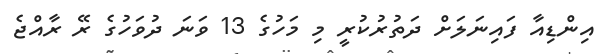
އިންޑިއާ ފައިނަލަށް ދަތުރުކުރީ މި މަހުގެ 13 ވަނަ ދުވަހުގެ ރޭ ރާއްޖެ